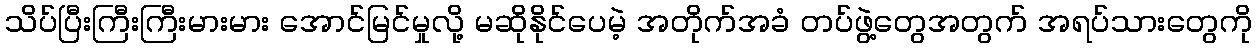
သိပ်ပြီးကြီးကြီးမားမား အောင်မြင်မှုလို့ မဆိုနိုင်ပေမဲ့ အတိုက်အခံ တပ်ဖွဲ့တွေအတွက် အရပ်သားတွေကို